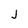
Character: j